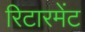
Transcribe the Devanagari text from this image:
रिटारमेंट